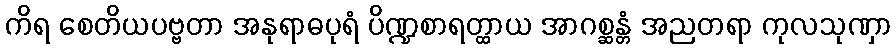
ကိရ စေတိယပဗ္ဗတာ အနုရာဓပုရံ ပိဏ္ဍစာရတ္ထာယ အာဂစ္ဆန္တံ အညတရာ ကုလသုဏှာ